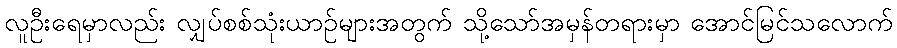
လူဦးရေမှာလည်း လျှပ်စစ်သုံးယာဉ်များအတွက် သို့သော်အမှန်တရားမှာ အောင်မြင်သလောက်